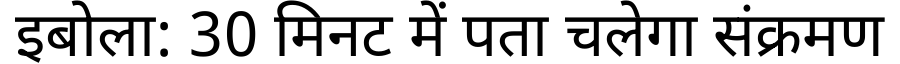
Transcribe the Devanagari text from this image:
इबोला: 30 मिनट में पता चलेगा संक्रमण